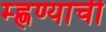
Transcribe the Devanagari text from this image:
म्ह्णण्याची